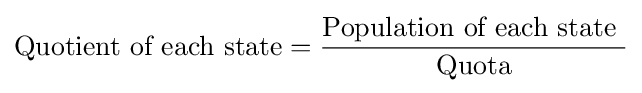
{\mbox{Quotient of each state}}={\frac {\mbox{Population of each state  }}{\mbox{Quota}}}